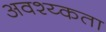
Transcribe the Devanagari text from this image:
अवश्य्कता